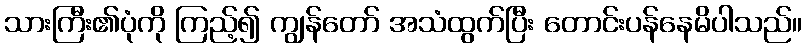
သားကြီး၏ပုံကို ကြည့်၍ ကျွန်တော် အသံထွက်ပြီး တောင်းပန်နေမိပါသည်။